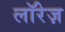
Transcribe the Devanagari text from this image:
लॉरेज़